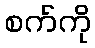
စက်ကို